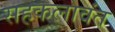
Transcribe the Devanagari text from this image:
सहकलावंत